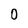
Character: 0